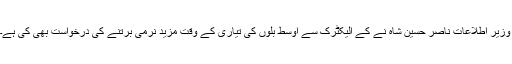
وزیر اطلاعات ناصر حسین شاہ نے کے الیکٹرک سے اوسط بلوں کی تیاری کے وقت مزید نرمی برتنے کی درخواست بھی کی ہے۔